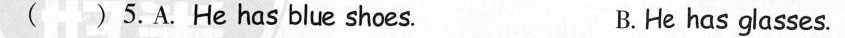
( )5.A. He has blue shoes. B. He has glasses.